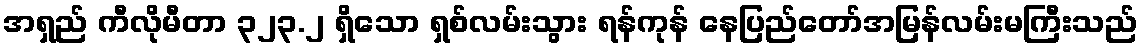
အရှည် ကီလိုမီတာ ၃၂၃.၂ ရှိသော ရှစ်လမ်းသွား ရန်ကုန် နေပြည်တော်အမြန်လမ်းမကြီးသည်